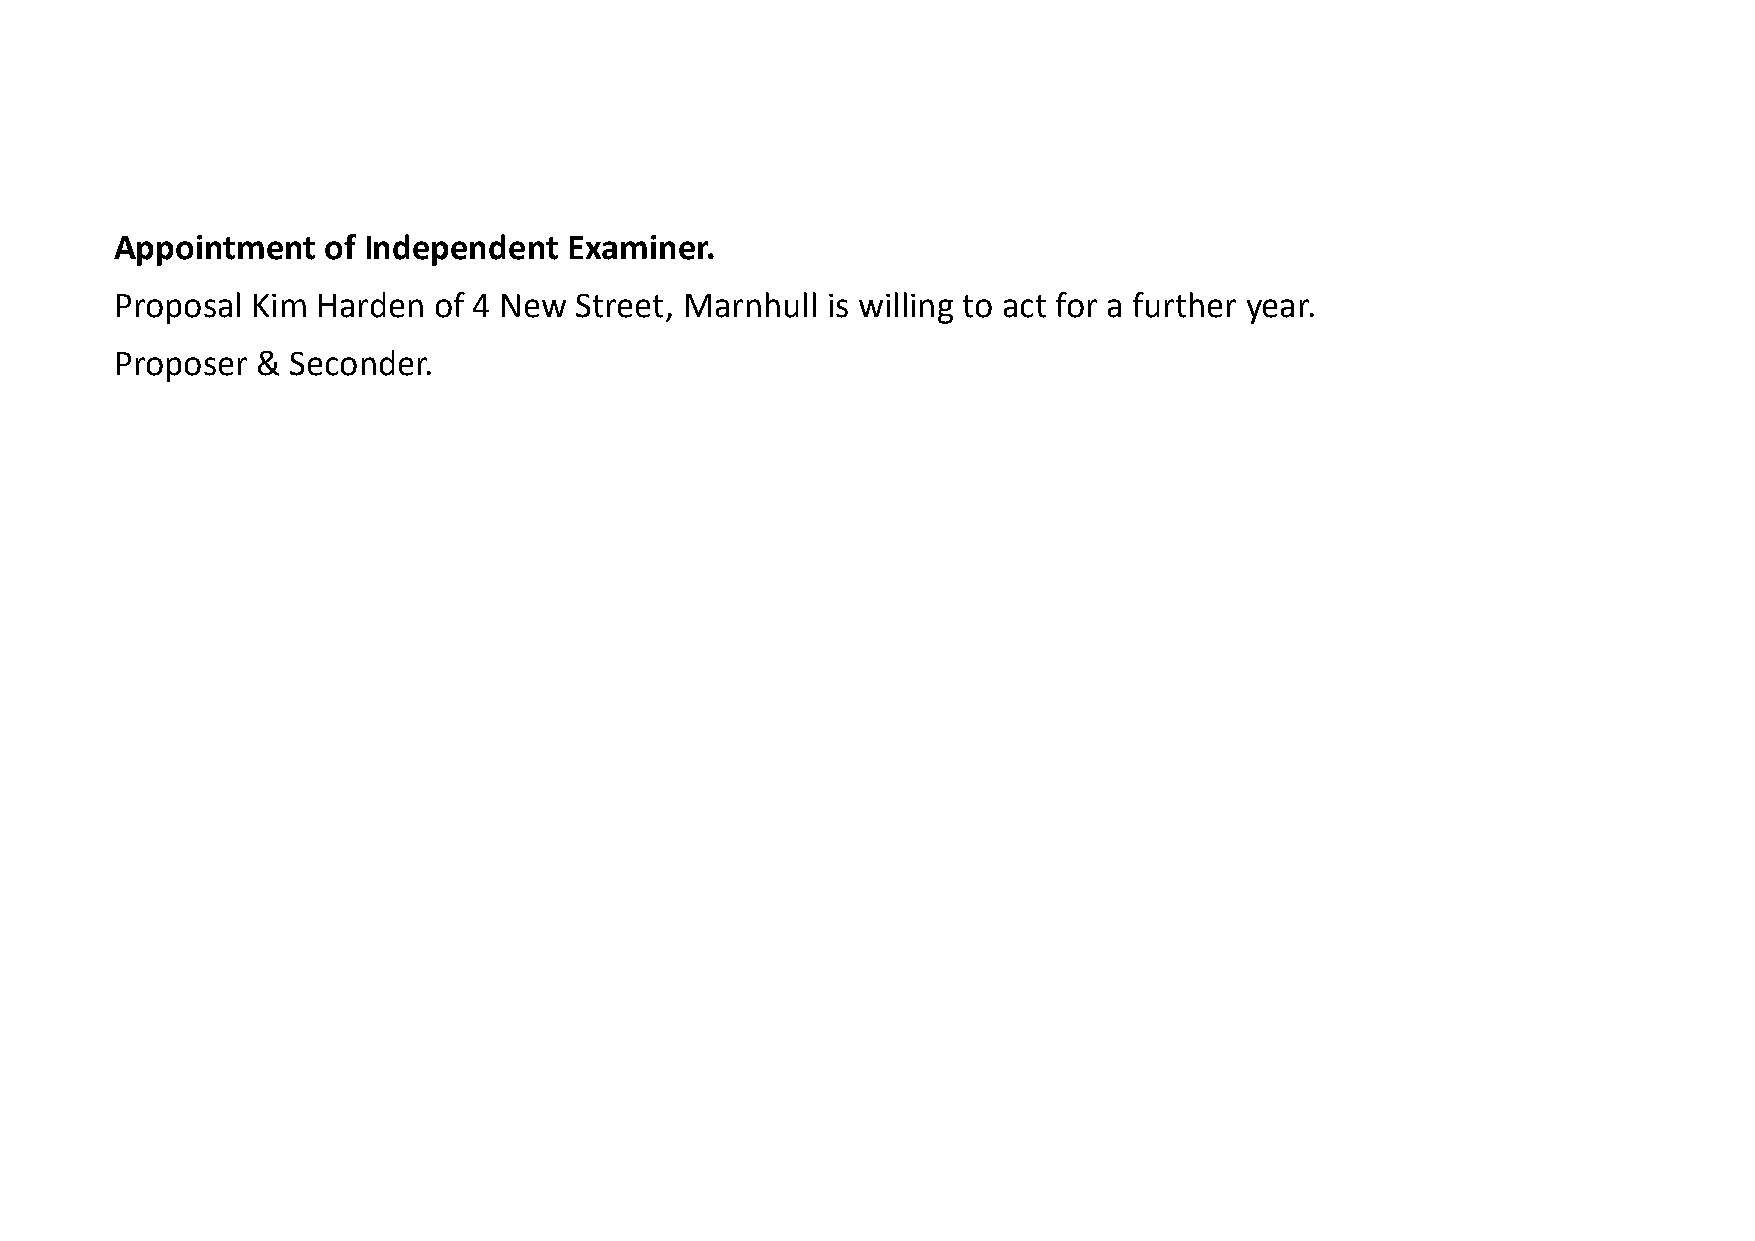
Appointment  of Independent   Examiner.
 Proposal Kim Harden  of 4 New Street, Marnhull is willing to act for a further year.
 Proposer & Seconder.